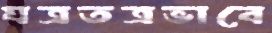
যত্রতত্রভাবে